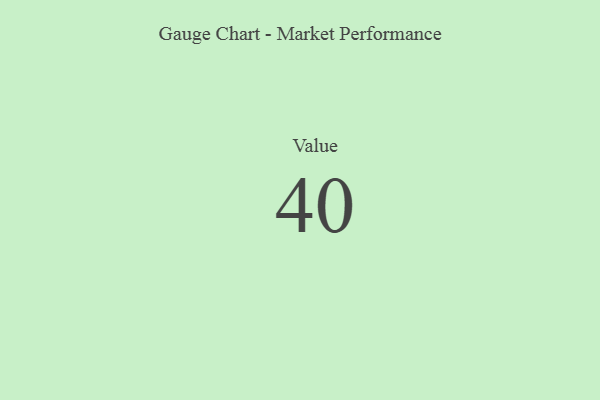
{"axis": {"x": "Metric", "y": "Value"}, "legend": [""], "data": [{"x": "Value", "y": 40, "type": ""}]}